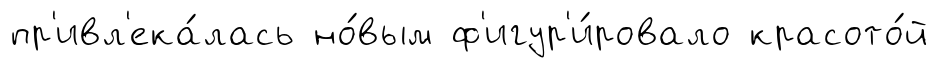
пр'ивл'ека́лась но́вым ф'игур'и́ровало красото́й